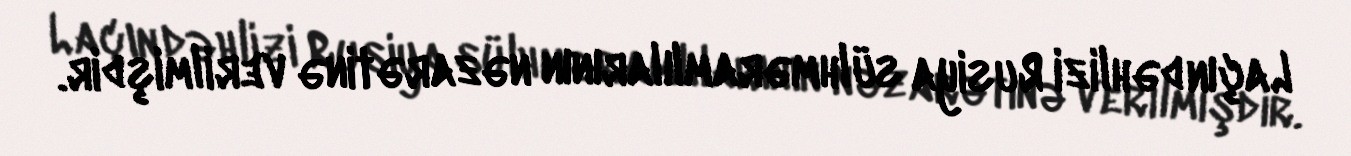
Laçın dəhlizi Rusiya sülhməramlılarının nəzarətinə verilmişdir.